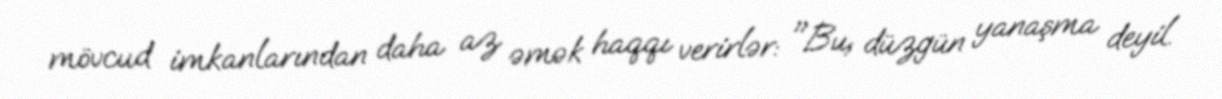
mövcud imkanlarından daha az əmək haqqı verirlər: "Bu, düzgün yanaşma deyil.